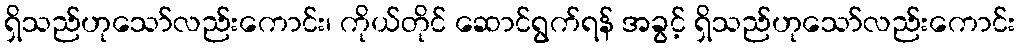
ရှိသည်ဟုသော်လည်းကောင်း၊ ကိုယ်တိုင် ဆောင်ရွက်ရန် အခွင့် ရှိသည်ဟုသော်လည်းကောင်း